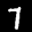
Label: 7